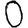
Digit: 0